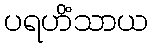
ပရဟိံသာယ